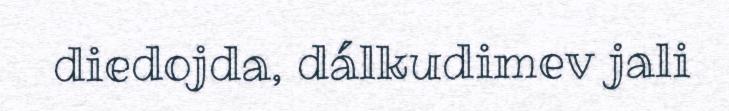
diedojda, dálkudimev jali